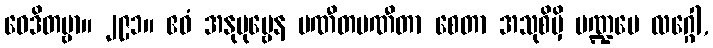
ဝေဒိတဗ္ဗာ။ ၂၉၁။ ဧဝံ အနုပုဗ္ဗေန ပဏီတပဏီတာ စေတာ အသုစိမှိ မဏ္ဍပေ လဂ္ဂေါ,